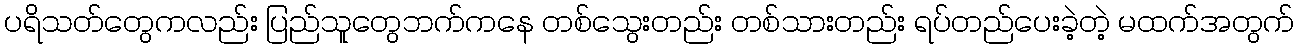
ပရိသတ်တွေကလည်း ပြည်သူတွေဘက်ကနေ တစ်သွေးတည်း တစ်သားတည်း ရပ်တည်ပေးခဲ့တဲ့ မထက်အတွက်